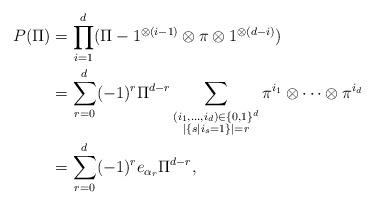
LaTeX: \begin{align*}P(\Pi) &= \prod_{i=1}^d (\Pi - 1^{\otimes (i-1)} \otimes \pi \otimes 1^{\otimes (d-i)}) \\&= \sum_{r=0}^d (-1)^r \Pi^{d-r} \sum_{\substack{(i_1,\dots,i_d)\in \{0,1 \}^d \\ |\{ s | i_s = 1 \}| = r }} \pi^{i_1} \otimes \dots \otimes \pi^{i_d} \\&= \sum_{r=0}^d (-1)^r e_{\alpha_r}\Pi^{d-r},\end{align*}